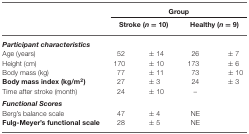
<table><thead><tr><td></td><td colspan="4"><b>Group</b></td></tr><tr><td></td><td colspan="2"><b>Stroke (<i>n</i> = 10)</b></td><td colspan="2"><b>Healthy (<i>n</i> = 9)</b></td></tr></thead><tbody><tr><td><b><i>Participant characteristics</i></b></td></tr><tr><td>Age (years)</td><td>52</td><td>± 14</td><td>26</td><td>± 7</td></tr><tr><td>Height (cm)</td><td>170</td><td>± 10</td><td>173</td><td>± 6</td></tr><tr><td>Body mass (kg)</td><td>77</td><td>± 11</td><td>73</td><td>± 10</td></tr><tr><td><b>Body mass index (kg/m<sup>2</sup>)</b></td><td>27</td><td>± 3</td><td>24</td><td>± 3</td></tr><tr><td>Time after stroke (month)</td><td>24</td><td>± 10</td><td>–</td></tr><tr><td><b><i>Functional Scores</i></b></td></tr><tr><td>Berg’s balance scale</td><td>47</td><td>± 4</td><td>NE</td></tr><tr><td><b>Fulg-Meyer’s functional scale</b></td><td>28</td><td>± 5</td><td>NE</td></tr></tbody></table>